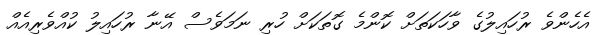
އެހެންވެ ރުހައިލުގެ ވާހަކަތަށް ކޮންމެ ގޮތަކަށް ހުރި ނަމަވެސް އޭނާ ރުހައިލު ކުއްވެރިއެއް